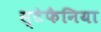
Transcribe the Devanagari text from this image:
स्टेफैनिया